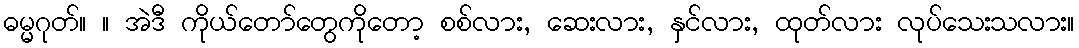
ဓမ္မဂုတ်။ ။ အဲဒီ ကိုယ်တော်တွေကိုတော့ စစ်လား, ဆေးလား, နှင်လား, ထုတ်လား လုပ်သေးသလား။